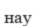
нау